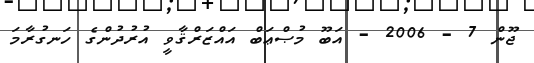
ޖޫން 7 - 2006 - އަބޫ މުޞްޢަބް އައްޒަރްޤާވީ އުރުދުންގެ ހަނގުރާމަ